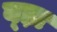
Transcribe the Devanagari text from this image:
ब्ड़ा